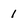
Character: 1